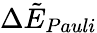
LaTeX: \Delta\tilde{E}_{Pauli}